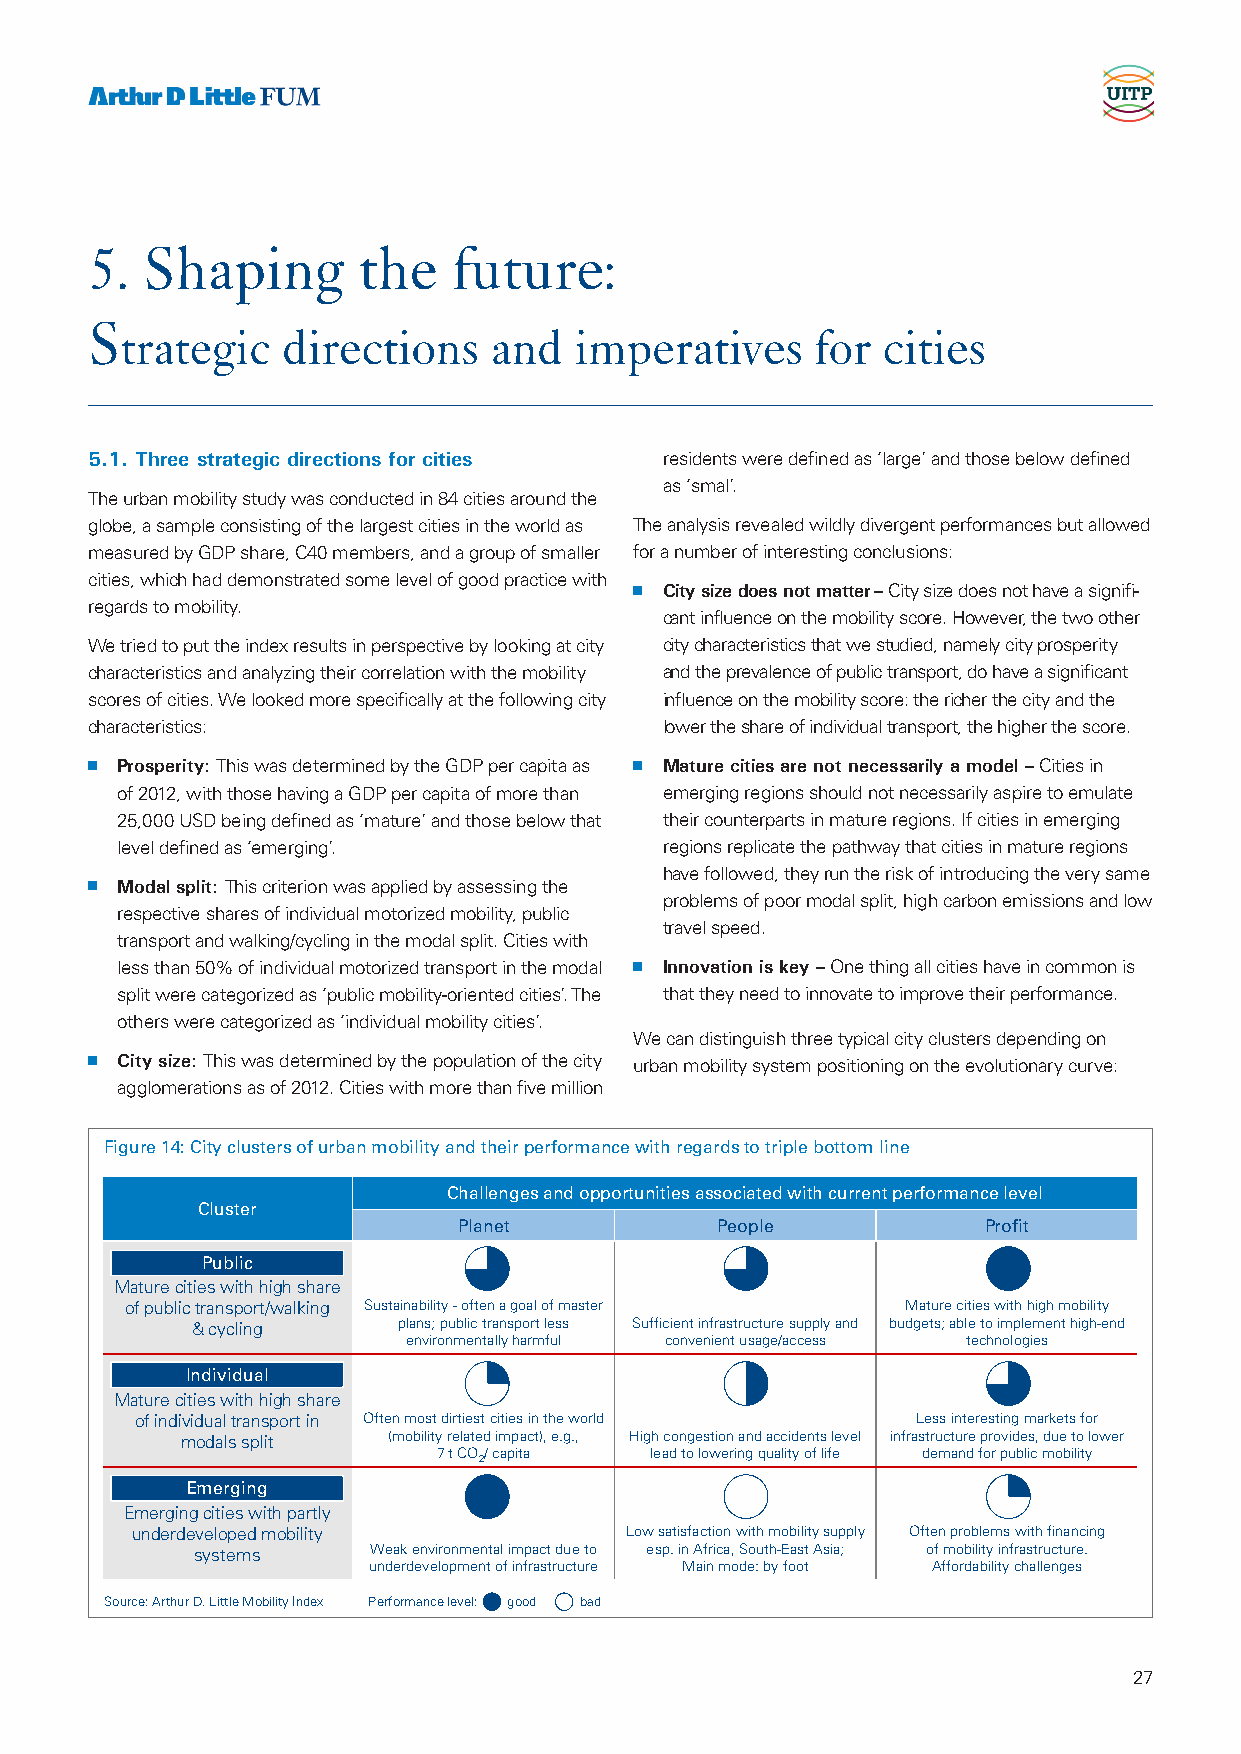
5. Shaping        the   future:
 S
 trategic   directions   and   imperatives     for cities
 5.1. Three strategic directions for cities residents were defined as ‘large’ and those below defined
 as ‘smal’.
 The urban mobility study was conducted in 84 cities around the
 globe, a sample consisting of the largest cities in the world as The analysis revealed wildly divergent performances but allowed
 measured by GDP share, C40 members, and a group of smaller for a number of interesting conclusions:
 cities, which had demonstrated some level of good practice with
 n City size does not matter – City size does not have a signifi-
 regards to mobility.
 cant influence on the mobility score. However, the two other
 We tried to put the index results in perspective by looking at city city characteristics that we studied, namely city prosperity
 characteristics and analyzing their correlation with the mobility and the prevalence of public transport, do have a significant
 scores of cities. We looked more specifically at the following city influence on the mobility score: the richer the city and the
 characteristics:                      lower the share of individual transport, the higher the score.
 n Prosperity: This was determined by the GDP per capita as n Mature cities are not necessarily a model – Cities in
 of 2012, with those having a GDP per capita of more than emerging regions should not necessarily aspire to emulate
 25,000 USD being defined as ‘mature’ and those below that their counterparts in mature regions. If cities in emerging
 level defined as ‘emerging’.        regions replicate the pathway that cities in mature regions
 have followed, they run the risk of introducing the very same
 n Modal split: This criterion was applied by assessing the
 problems of poor modal split, high carbon emissions and low
 respective shares of individual motorized mobility, public
 travel speed.
 transport and walking/cycling in the modal split. Cities with
 less than 50% of individual motorized transport in the modal n Innovation is key – One thing all cities have in common is
 split were categorized as ‘public mobility-oriented cities’. The that they need to innovate to improve their performance.
 others were categorized as ‘individual mobility cities’.
 We can distinguish three typical city clusters depending on
 n City size: This was determined by the population of the city urban mobility system positioning on the evolutionary curve:
 agglomerations as of 2012. Cities with more than five million
 Figure 14: City clusters of urban mobility and their performance with regards to triple bottom line
 Challenges and opportunities associated with current performance level
 Cluster
 Planet           People            Profit
 PPuubblliicc
 Mature cities with high share
 of public transport/walking Sustainability - often a goal of master Mature cities with high mobility
 & cycling    plans; public transport less Sufficient infrastructure supply and budgets; able to implement high-end
 environmentally harmful convenient usage/access technologies
 IInnddiivviidduuaall
 Mature cities with high share
 of individual transport in Often most dirtiest cities in the world Less interesting markets for
 modals split  (mobility related impact), e.g., High congestion and accidents level infrastructure provides, due to lower
 7 t CO/ capita lead to lowering quality of life demand for public mobility
 2
 EEmmeerrggiinngg
 Emerging cities with partly
 underdeveloped mobility         Low satisfaction with mobility supply Often problems with financing
 systems     Weak environmental impact due to esp. in Africa, South-East Asia; of mobility infrastructure.
 underdevelopment of infrastructure Main mode: by foot Affordability challenges
 Source: Arthur D. Little Mobility Index Performance level: good bad
 27